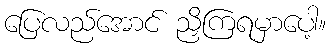
ပြေလည်အောင် ညှိကြရမှာပေါ့။